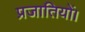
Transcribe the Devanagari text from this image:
प्रजातियों।